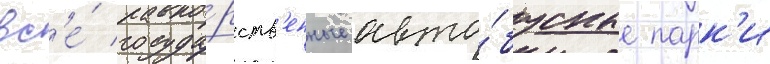
вс'е́ госуда́рств'енные авто́бусные парк'и